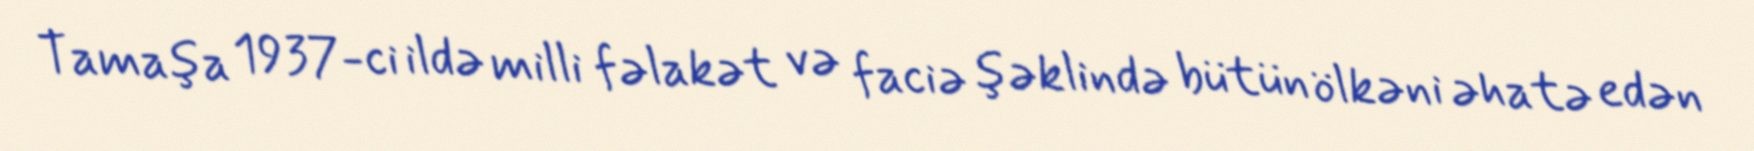
Tamaşa 1937-ci ildə milli fəlakət və faciə şəklində bütün ölkəni əhatə edən